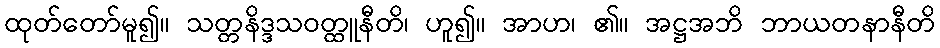
ထုတ်တော်မူ၍။ သတ္တနိဒ္ဒသဝတ္ထူနီတိ၊ ဟူ၍။ အာဟ၊ ၏။ အဋ္ဌအဘိ ဘာယတနာနီတိ